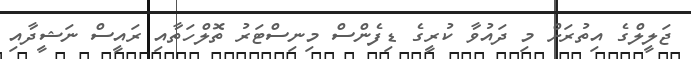
ޖަލީލްގެ އިތުރަށް މި ދައުވާ ކުރީގެ ޑިފެންސް މިނިސްޓަރު ތޮލްހަތާއި ރައީސް ނަޝީދާއި